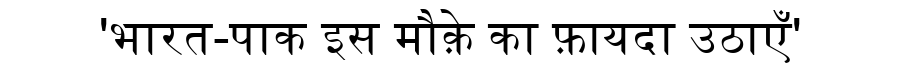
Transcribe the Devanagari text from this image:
'भारत-पाक इस मौक़े का फ़ायदा उठाएँ'